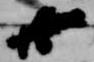
廿